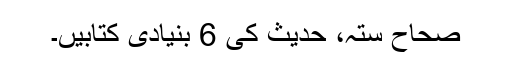
صحاح ستہ، حدیث کی 6 بنیادی کتابیں۔